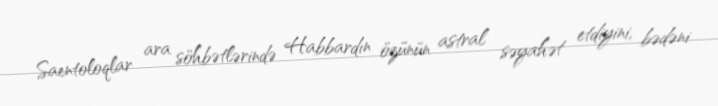
Saentoloqlar ara söhbətlərində Habbardın özünün astral səyahət etdiyini, bədəni